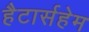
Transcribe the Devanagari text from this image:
हैटार्सहेम